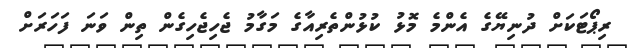
ރިޕޯޓަކަށް ދުނިޔޭގެ އެންމެ މޮޅު ކުޅުންތެރިއާގެ މަގާމު ޖެހިޖެހިގެން ތިން ވަނަ ފަހަރަށް